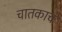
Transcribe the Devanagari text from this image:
चातकाचं